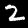
Digit: 2